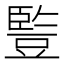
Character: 䜿